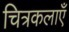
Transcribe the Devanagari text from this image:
चित्रकलाएँ